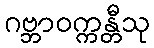
ဂဗ္ဘာဝက္ကန္တီသု